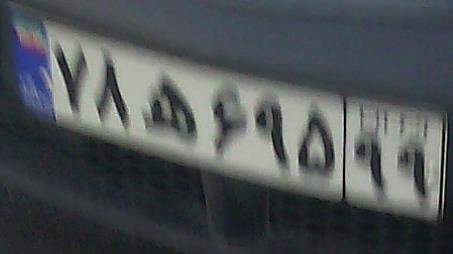
۷۸ه۶۹۵۹۹